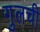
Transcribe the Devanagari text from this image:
गुलची